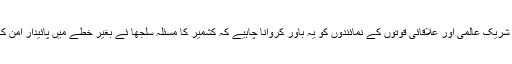
امن مذاکرات میں شریک عالمی اور علاقائی قوتوں کے نمائندوں کو یہ باور کروانا چاہیے کہ کشمیر کا مسئلہ سلجھا ئے بغیر خطے میں پائیدار امن کا قیام ممکن نہیں ۔